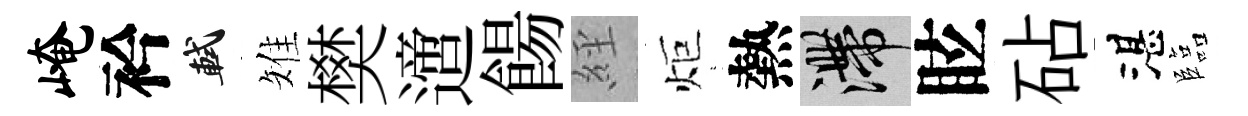
崦衿軾雉樊𨗁餳𦀇炬熱滯眩砧湛臨